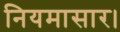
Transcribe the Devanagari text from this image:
नियमासार।